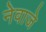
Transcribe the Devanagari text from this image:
नेवाजे